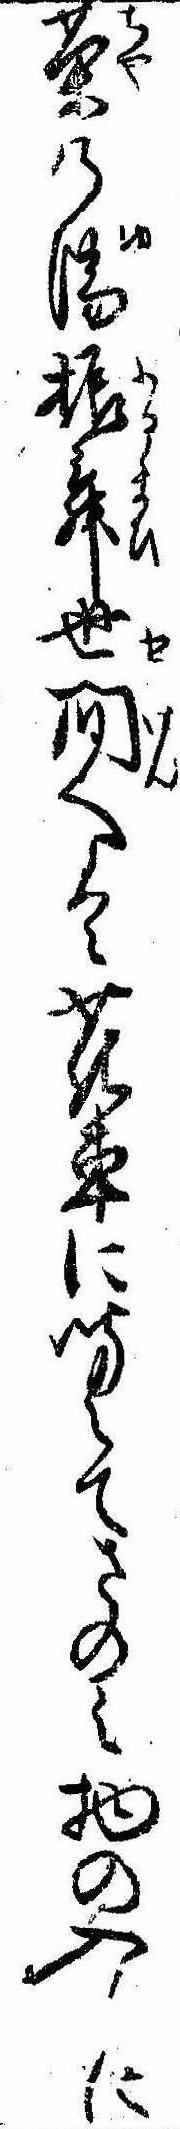
茶の湯振舞世間へは花車に聞えてさのみ物の入に